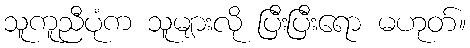
သူကူညီပုံက သူများလို ပြီးပြီးရော မဟုတ်။